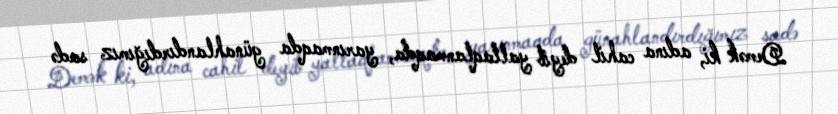
Demək ki, adına cahil deyib yaltaqlanmaqda, yarınmaqda günahlandırdığımız sadə